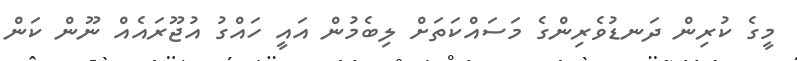
މީގެ ކުރިން ދަނޑުވެރިންގެ މަސައްކަތަށް ލިބެމުން އައީ ހައްގު އުޖޫރައެއް ނޫން ކަން